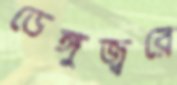
ডেঙ্গুজ্বরে